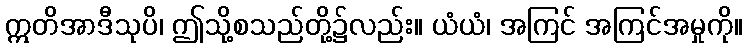
ဣတိအာဒီသုပိ၊ ဤသို့စသည်တို့၌လည်း။ ယံယံ၊ အကြင် အကြင်အမှုကို။